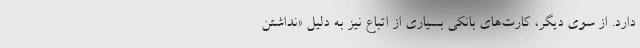
دارد. از سوی دیگر، کارت‌های بانکی بسیاری از اتباع نیز به دلیل «نداشتن